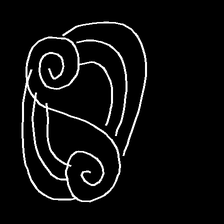
Glyph: wind-underfoot